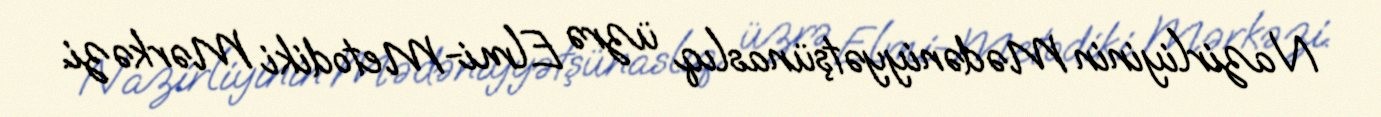
Nazirliyinin Mədəniyyətşünaslıq üzrə Elmi-Metodiki Mərkəzi.